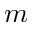
m